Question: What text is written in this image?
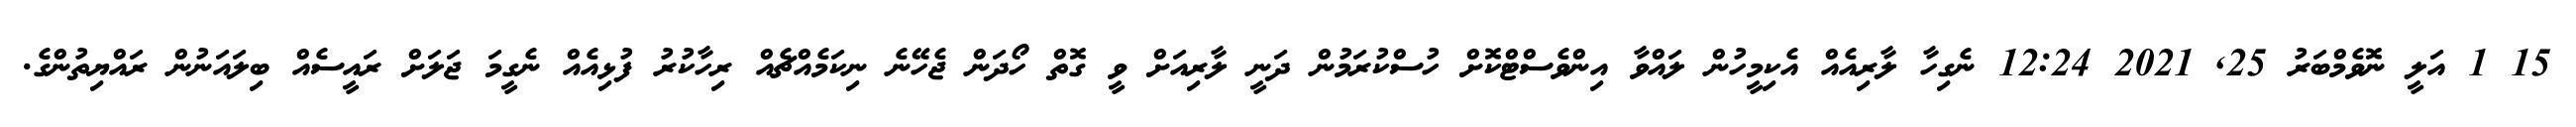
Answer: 15 1 އަލީ ނޮވެމްބަރު 25, 2021 12:24 ނެގިހާ ލާރިއެއް އެކިމީހުން ލައްވާ އިންވެސްޓްކޮށް ހުސްކުރަމުން ދަނީ ލާރިއަށް ވީ ގޮތް ހޯދަން ޖެހޭނެ ނިކަމެއްޗެއް ރިހާކުރު ފުޅިއެއް ނެގީމަ ޖަލަށް ރައީސެއް ބިލައަނުން ރައްޔިތުންގެ.